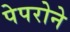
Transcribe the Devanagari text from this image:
पेपरोने